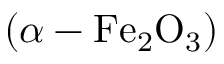
\left( \alpha - \mathrm { F e _ { 2 } O _ { 3 } } \right)